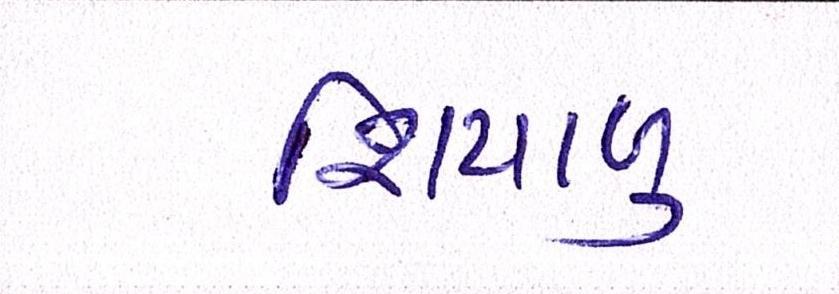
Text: શિયાળુ